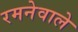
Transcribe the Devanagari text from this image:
रमनेवाले